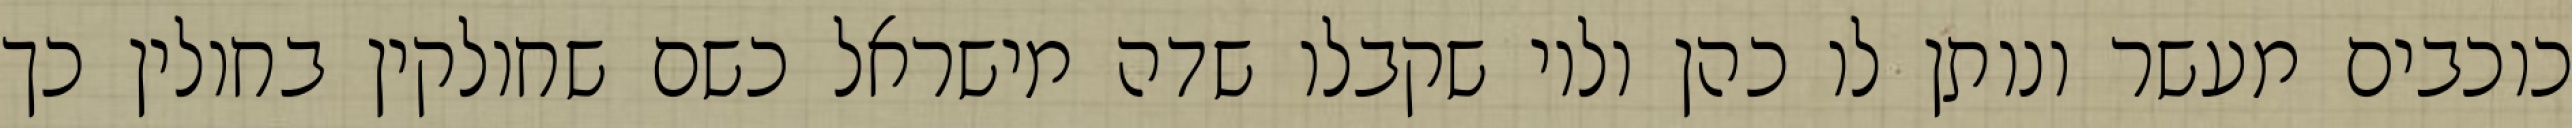
כוכבים מעשר ונותן לו כהן ולוי שקבלו שדה מישראל כשם שחולקין בחולין כך